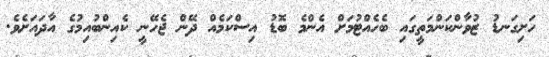
ހަށިގަނޑު ޒުވާންކަންމަތީގައި ބެހެއްޓުމަށް އެންމެ ބޮޑު އިސްކަމެއް ދޭން ޖެހޭނީ ކެއިންބުއިމުގެ އާދައަށެވެ.